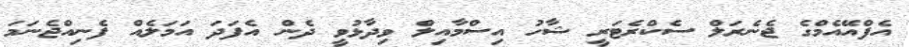
އެފްއޭއެމްގެ ޖެނެރަލް ސެކްރެޓަރީ ޝާހު އިސްމާއިލް ވިދާޅުވީ ދެން އެފަދަ އަމަލެއް ފެނިއްޖެނަމަ